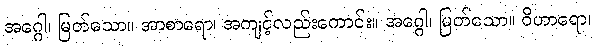
အဂ္ဂေါ၊ မြတ်သော။ အာစာရော၊ အကျင့်လည်းကောင်း။ အဂ္ဂေါ၊ မြတ်သော။ ဝိဟာရော၊